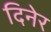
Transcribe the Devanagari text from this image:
दिनेर